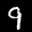
Label: 9